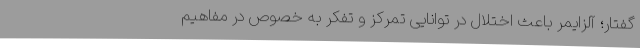
گفتار؛ آلزایمر باعث اختلال در توانایی تمرکز و تفکر به خصوص در مفاهیم